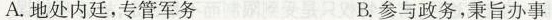
A.地处内廷，专管军务 B.参与政务，秉旨办事